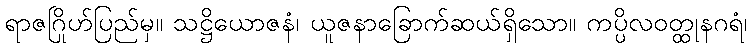
ရာဇဂြိုဟ်ပြည်မှ။ သဋ္ဌိယောဇနံ၊ ယူဇနာခြောက်ဆယ်ရှိသော။ ကပ္ပိလဝတ္ထုနဂရံ၊